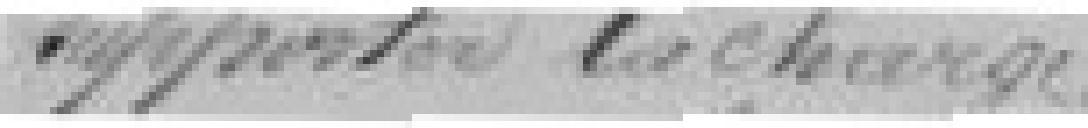
supporter la charge.